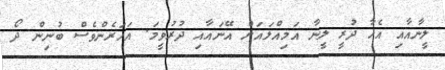
ލީނާއާއި އެހާ ދުރީ ލީނާ އަމިއްލައަށް އޭނައާއި ދުރުވީމަ. އަހަރެންވެސް ބުނިން ދޯ